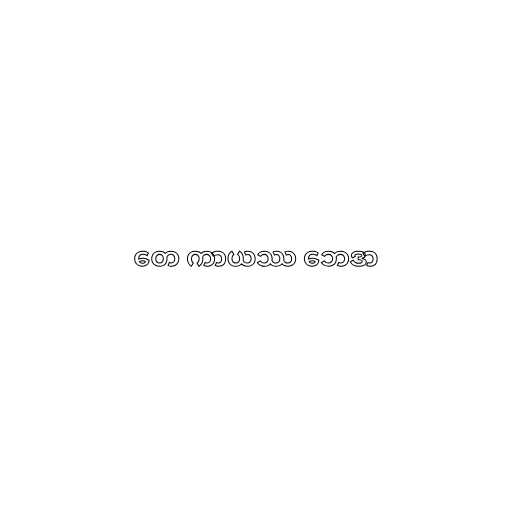
တေ ကာယဿ ဘေဒာ